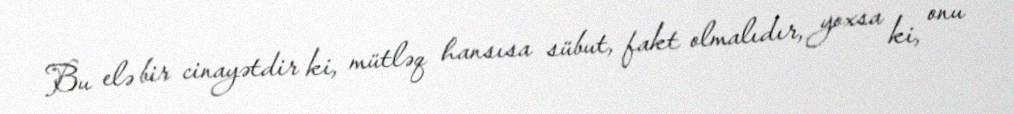
Bu elə bir cinayətdir ki, mütləq hansısa sübut, fakt olmalıdır, yoxsa ki, onu